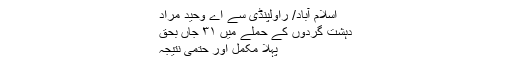
اسلام آباد/ راولپنڈی سے اے وحید مراد
دہشت گردوں کے حملے میں ۳۱ جاں بحق
پہلا مکمل اور حتمی نتیجہ